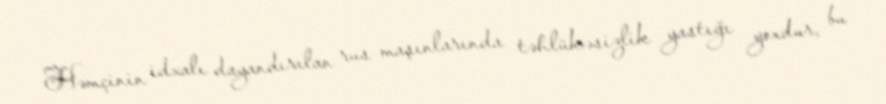
Həmçinin idxalı dayandırılan rus maşınlarında təhlükəsizlik yastığı yoxdur, bu